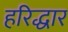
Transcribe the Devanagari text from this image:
हरिद्धार